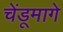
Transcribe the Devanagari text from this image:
चेंडूमागे